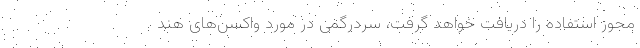
مجوز استفاده را دریافت خواهد گرفت، سردرگمی در مورد واکسن‌های هند